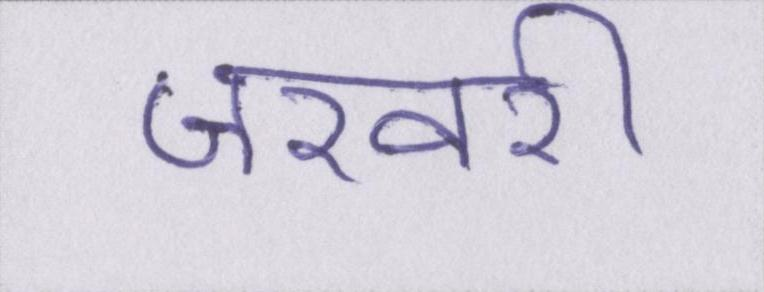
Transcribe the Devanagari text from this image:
जरवरी